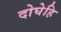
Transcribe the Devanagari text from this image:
दोघेहि